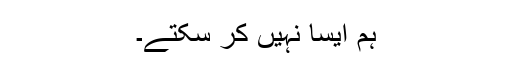
ہم ایسا نہیں کر سکتے۔